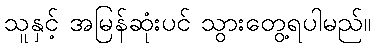
သူနှင့် အမြန်ဆုံးပင် သွားတွေ့ရပါမည်။